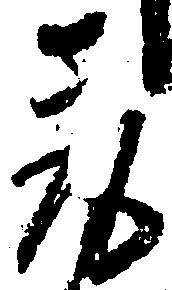
取